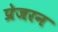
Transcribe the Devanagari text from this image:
प्रेजरन